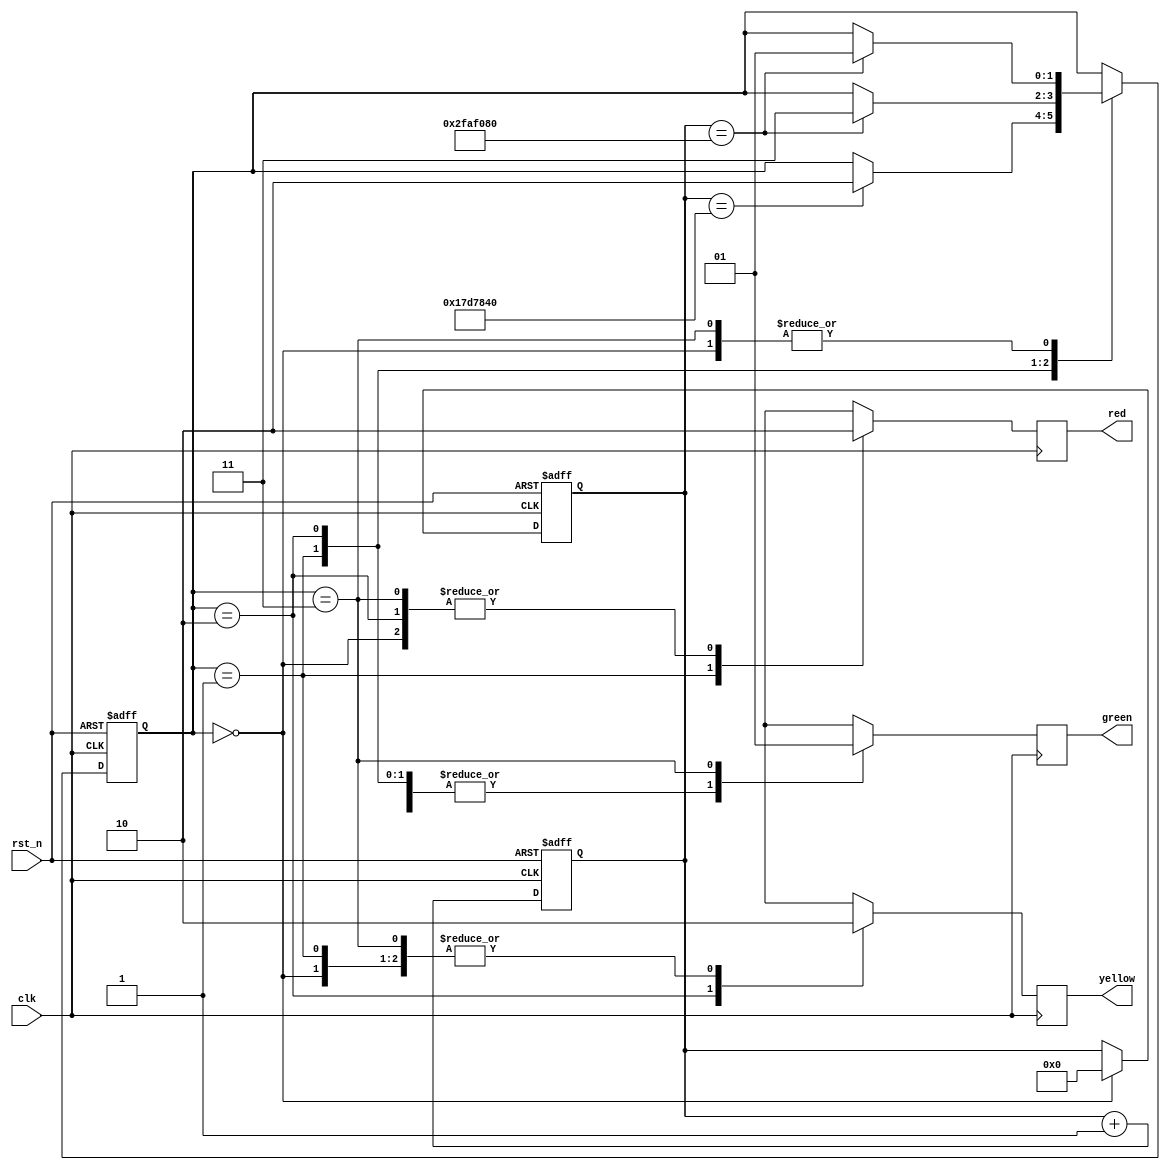
module Semaphoro(
    input clk,          // Clock input
    input rst_n,        // Reset input (active low)
    output reg red,     // Red light output
    output reg yellow,  // Yellow light output
    output reg green    // Green light output
);

// Parmetros de tiempo
parameter COUNT_MAX_RED = 50000000;   // Tiempo para el estado rojo (50M ciclos a 50MHz)
parameter COUNT_MAX_YELLOW = 25000000; // Tiempo para el estado amarillo (25M ciclos a 50MHz)
parameter COUNT_MAX_GREEN = 50000000;  // Tiempo para el estado verde (50M ciclos a 50MHz)

// Estados
localparam [1:0] S_IDLE = 2'b00;    // Estado idle
localparam [1:0] S_RED = 2'b01;     // Estado rojo
localparam [1:0] S_YELLOW = 2'b10;  // Estado amarillo
localparam [1:0] S_GREEN = 2'b11;   // Estado verde

// Registro de estado
reg [1:0] state_reg;
reg [25:0] count_reg;

// Comportamiento de la mquina de estados
always @(posedge clk or negedge rst_n) begin
    if (~rst_n) begin
        state_reg <= S_IDLE;  // Reiniciar el estado a idle
        count_reg <= 0;       // Reiniciar el contador
    end else begin
        case (state_reg)
            S_IDLE: begin
                count_reg <= 0;
                if (count_reg == COUNT_MAX_RED)
                    state_reg <= S_RED;
            end
            S_RED: begin
                if (count_reg == COUNT_MAX_YELLOW)
                    state_reg <= S_YELLOW;
            end
            S_YELLOW: begin
                if (count_reg == COUNT_MAX_GREEN)
                    state_reg <= S_GREEN;
            end
            S_GREEN: begin
                if (count_reg == COUNT_MAX_RED)
                    state_reg <= S_RED;
            end
            default: state_reg <= S_IDLE;
        endcase
    end
end

// Contador para controlar los tiempos de cada estado
always @(posedge clk or negedge rst_n) begin
    if (~rst_n) begin
        count_reg <= 0;  // Reiniciar el contador
    end else begin
        count_reg <= count_reg + 1;  // Incrementar el contador en cada ciclo de reloj
    end
end

// Salidas de los semforos
always @(posedge clk) begin
    case (state_reg)
        S_IDLE: begin
            red <= 1'b0;
            yellow <= 1'b0;
            green <= 1'b0;
        end
        S_RED: begin
            red <= 1'b1;
            yellow <= 1'b0;
            green <= 1'b0;
        end
        S_YELLOW: begin
            red <= 1'b0;
            yellow <= 1'b1;
            green <= 1'b0;
        end
        S_GREEN: begin
            red <= 1'b0;
            yellow <= 1'b0;
            green <= 1'b1;
        end
        default: begin
            red <= 1'b0;
            yellow <= 1'b0;
            green <= 1'b0;
        end
    endcase
end

endmodule